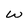
Character: W